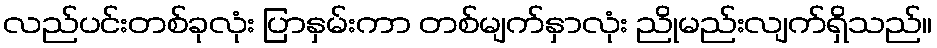
လည်ပင်းတစ်ခုလုံး ပြာနှမ်းကာ တစ်မျက်နှာလုံး ညိုမည်းလျက်ရှိသည်။